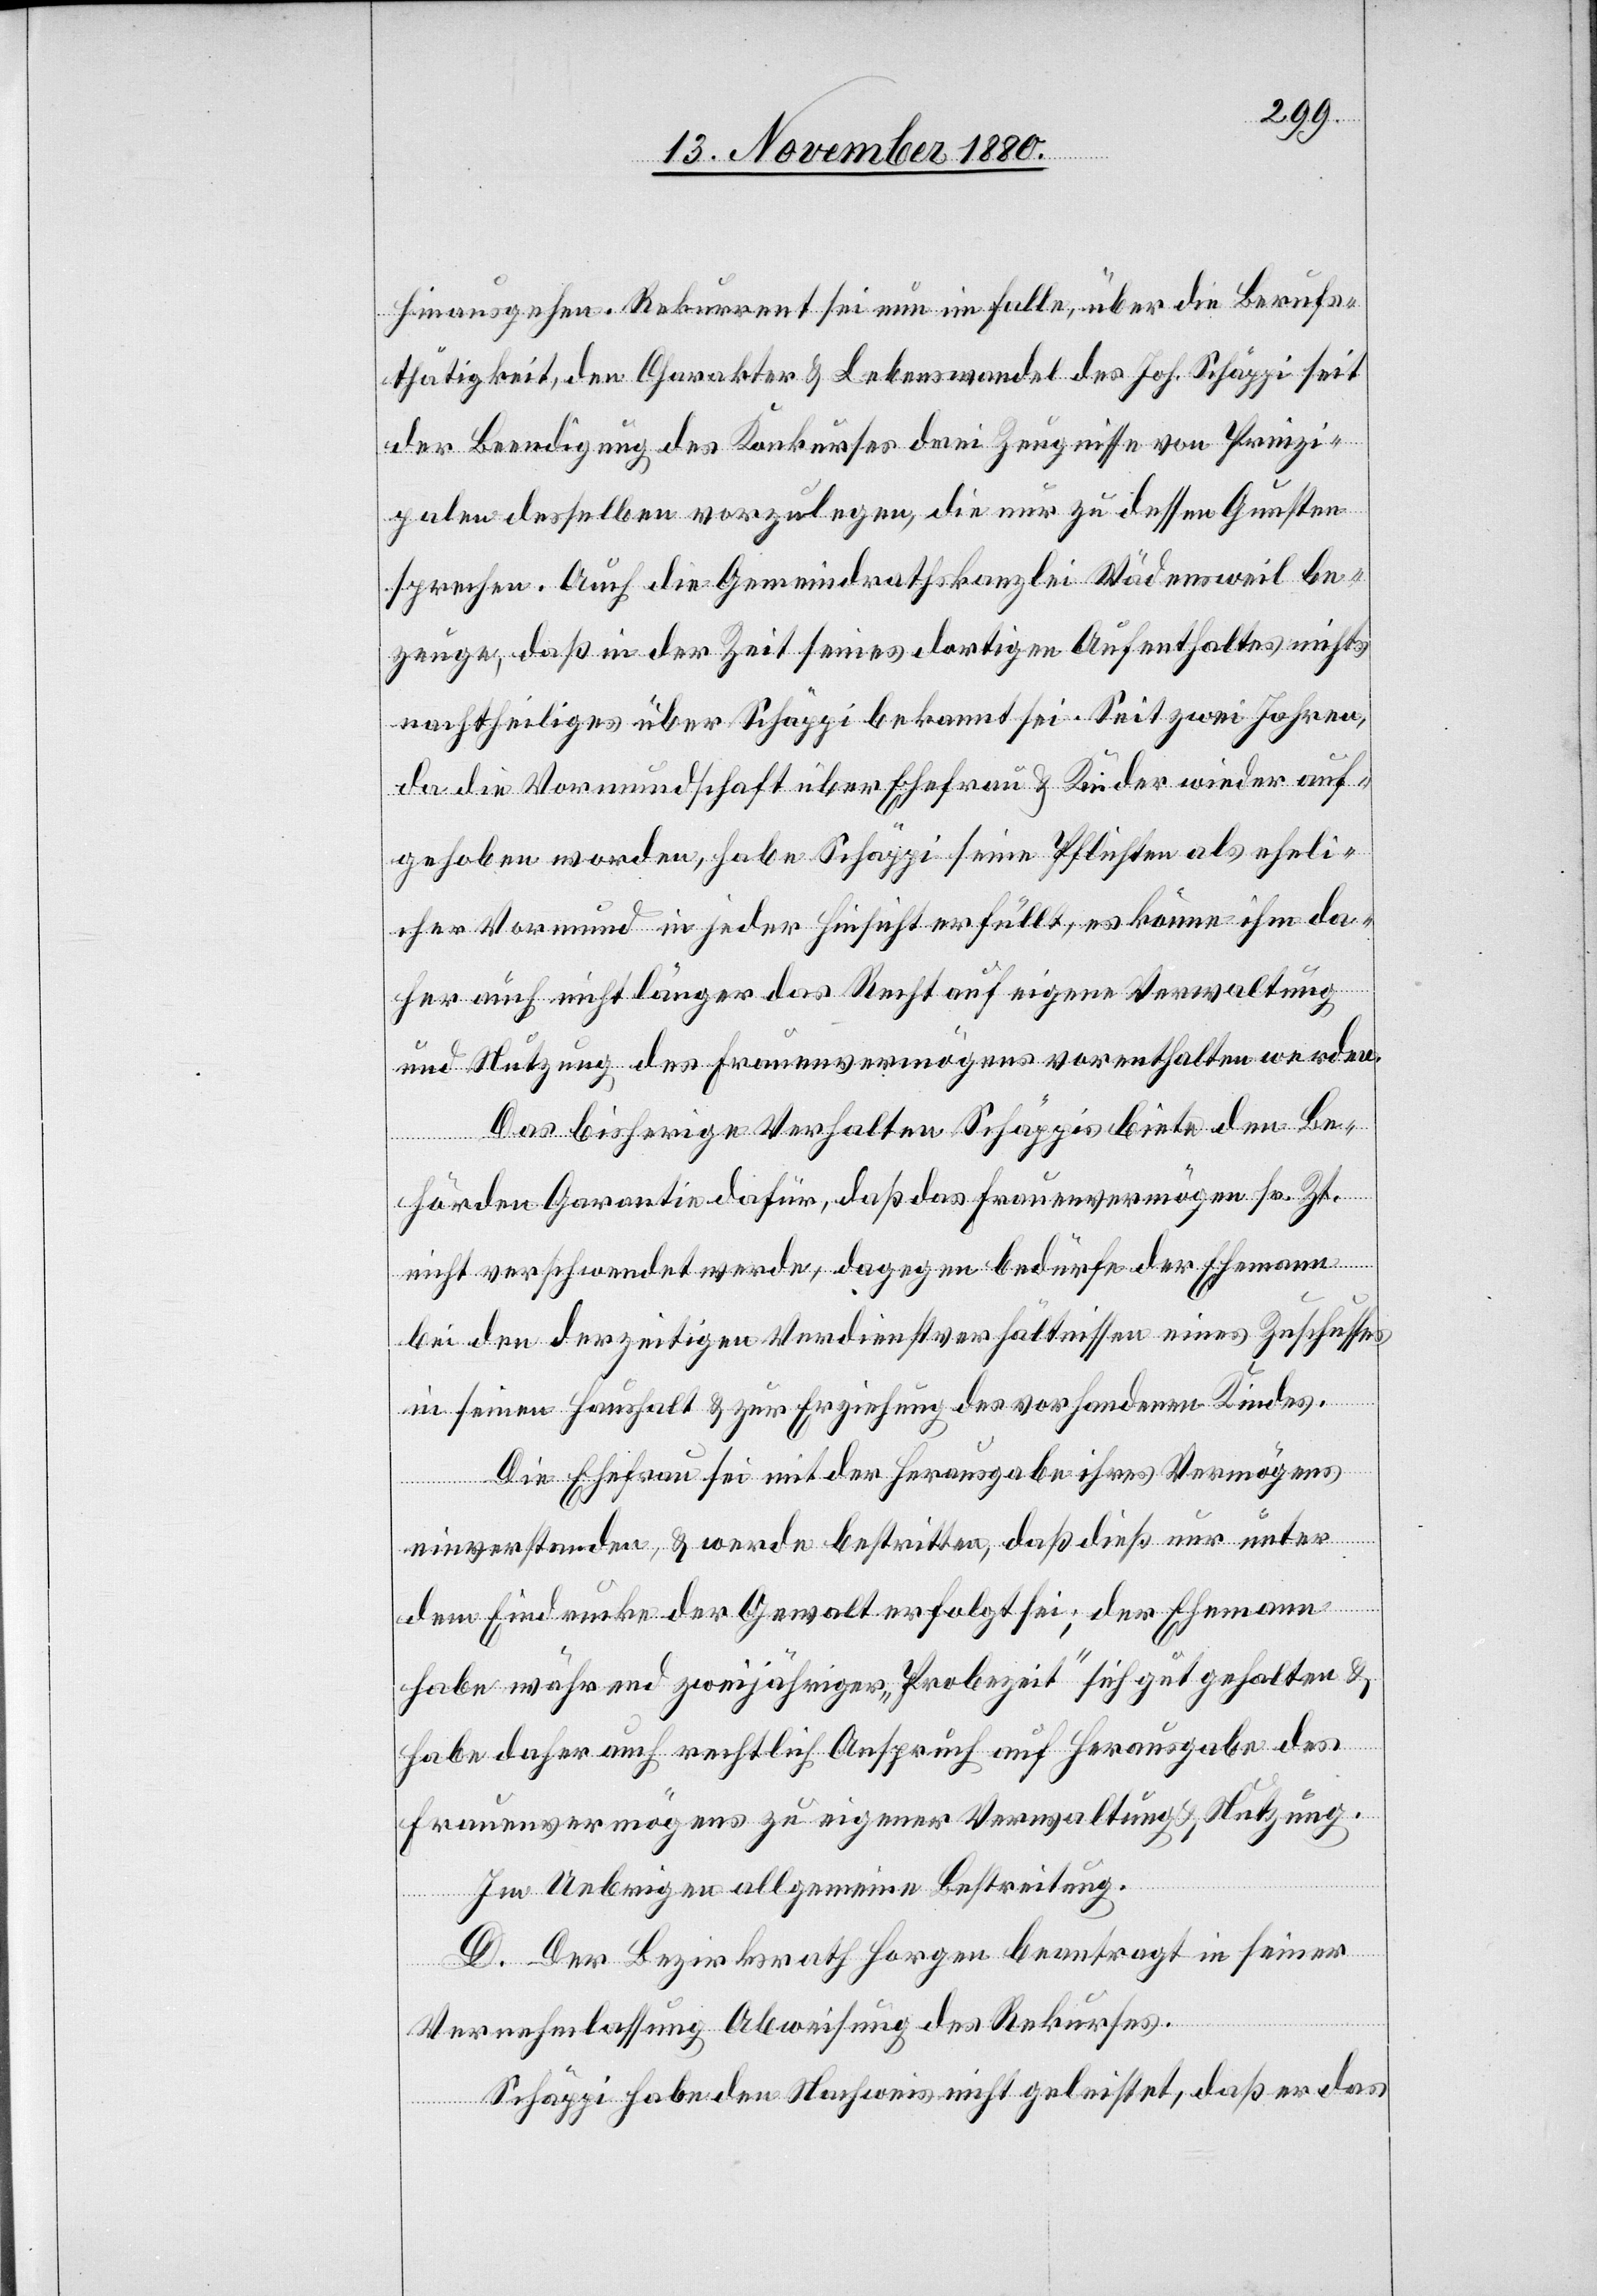
hinausgehen. Rekurrent sei nun im Falle, über die Berufs¬
thätigkeit, den Charakter & Lebenswandel des Joh. Schäppi seit
der Beendigung des Konkurses drei Zeugnisse von Prinzi¬
palen desselben vorzulegen, die nur zu dessen Gunsten
sprechen. Auch die Gemeindrathskanzlei Wädensweil be¬
zeuge, daß in der Zeit seines dortigen Aufenthaltes nichts
nachtheiliges über Schäppi bekannt sei. Seit zwei Jahren,
da die Vormundschaft über Ehefrau & Kinder wieder auf¬
gehoben worden, habe Schäppi seine Pflichten als eheli¬
cher Vormund in jeder Hinsicht erfüllt, es könne ihm da¬
her auch nicht länger das Recht auf eigene Verwaltung
und Nutzung des Frauenvermögens vorenthalten werden.
Das bisherige Verhalten Schäppis biete den Be¬
hörden Garantie dafür, daß das Frauenvermögen sr. Zt.
nicht verschwendet werde, dagegen bedürfe der Ehemann
bei den derzeitigen Verdienstverhältnissen eines Zuschusses
in seinen Haushalt & zur Erziehung des vorhandenen Kindes.
Die Ehefrau sei mit der Herausgabe ihres Vermögens
einverstanden, & werde bestritten, daß dieß nur unter
dem Eindrucke der Gewalt erfolgt sei; der Ehemann
habe während zweijähriger „Probezeit“ sich gut gehalten &
habe daher auch rechtlich Anspruch auf Herausgabe des
Frauenvermögens zu eigener Verwaltung & Nutzung.
Im Uebrigen allgemeine Bestreitung.
D. Der Bezirksrath Horgen beantragt in seiner
Vernehmlassung Abweisung des Rekurses.
Schäppi habe den Nachweis nicht geleistet, daß er das